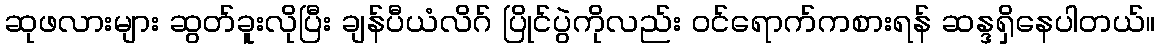
ဆုဖလားများ ဆွတ်ခူးလိုပြီး ချန်ပီယံလိဂ် ပြိုင်ပွဲကိုလည်း ဝင်ရောက်ကစားရန် ဆန္ဒရှိနေပါတယ်။